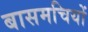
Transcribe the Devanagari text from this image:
बासमचियों